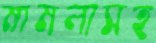
মামলাসহ